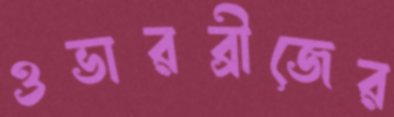
ওভারব্রীজের